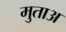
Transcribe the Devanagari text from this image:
मुताअ